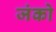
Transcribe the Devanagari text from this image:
जंको